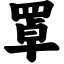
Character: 罩